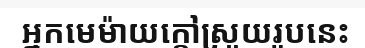
អ្នកមេម៉ាយក្តៅស្រួយរូបនេះ